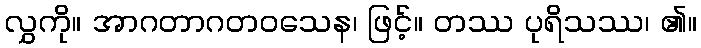
လွှကို။ အာဂတာဂတဝသေန၊ ဖြင့်။ တဿ ပုရိသဿ၊ ၏။